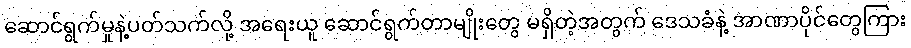
ဆောင်ရွက်မှုနဲ့ပတ်သက်လို့ အရေးယူ ဆောင်ရွက်တာမျိုးတွေ မရှိတဲ့အတွက် ဒေသခံနဲ့ အာဏာပိုင်တွေကြား